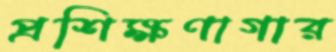
প্রশিক্ষণাগার